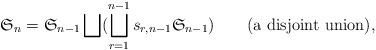
LaTeX: \begin{align*}\mathfrak{S}_n=\mathfrak{S}_{n-1}\bigsqcup(\bigsqcup_{r=1}^{n-1}s_{r,n-1}\mathfrak{S}_{n-1})\hbox{ ~~~~ (a disjoint union),}\end{align*}